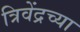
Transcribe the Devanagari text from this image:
त्रिवेंद्रच्या